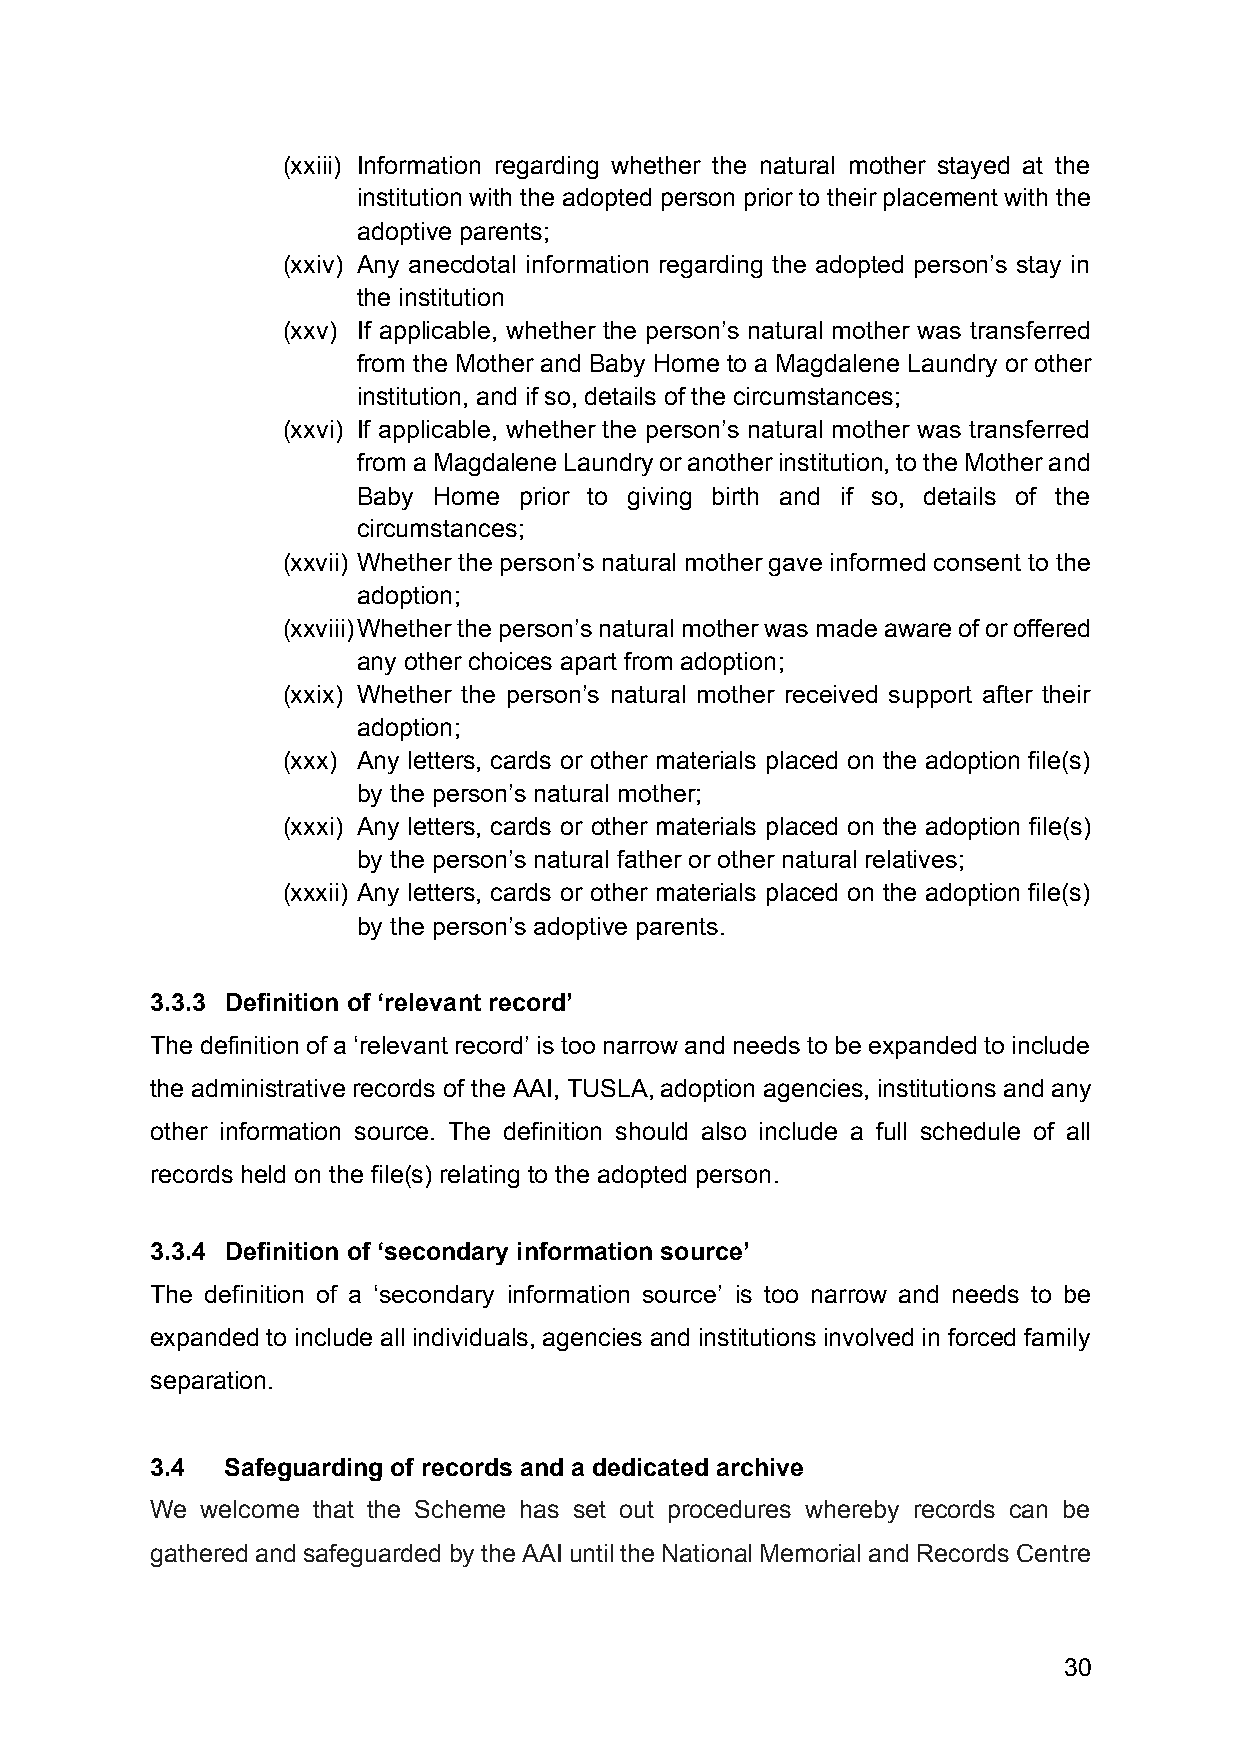
(xxiii) Information regarding whether the natural mother stayed at the
 institution with the adopted person prior to their placement with the
 adoptive parents;
 (xxiv) Any anecdotal information regarding the adopted person’s stay in
 the institution
 (xxv) If applicable, whether the person’s natural mother was transferred
 from the Mother and Baby Home to a Magdalene Laundry or other
 institution, and if so, details of the circumstances;
 (xxvi) If applicable, whether the person’s natural mother was transferred
 from a Magdalene Laundry or another institution, to the Mother and
 Baby Home prior to giving birth and if so, details of the
 circumstances;
 (xxvii) Whether the person’s natural mother gave informed consent to the
 adoption;
 (xxviii) Whether the person’s natural mother was made aware of or offered
 any other choices apart from adoption;
 (xxix) Whether the person’s natural mother received support after their
 adoption;
 (xxx) Any letters, cards or other materials placed on the adoption file(s)
 by the person’s natural mother;
 (xxxi) Any letters, cards or other materials placed on the adoption file(s)
 by the person’s natural father or other natural relatives;
 (xxxii) Any letters, cards or other materials placed on the adoption file(s)
 by the person’s adoptive parents.
 3.3.3 Definition of ‘relevant record’
 The definition of a ‘relevant record’ is too narrow and needs to be expanded to include
 the administrative records of the AAI, TUSLA, adoption agencies, institutions and any
 other information source. The definition should also include a full schedule of all
 records held on the file(s) relating to the adopted person.
 3.3.4 Definition of ‘secondary information source’
 The definition of a ‘secondary information source’ is too narrow and needs to be
 expanded to include all individuals, agencies and institutions involved in forced family
 separation.
 3.4  Safeguarding of records and a dedicated archive
 We welcome that the Scheme has set out procedures whereby records can be
 gathered and safeguarded by the AAI until the National Memorial and Records Centre
 30